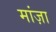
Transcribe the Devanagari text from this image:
मांज़ा